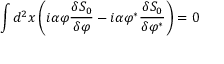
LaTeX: \int d ^ { 2 } x \left( i \alpha \varphi \frac { \delta S _ { 0 } } { \delta \varphi } - i \alpha \varphi ^ { \ast } \frac { \delta S _ { 0 } } { \delta \varphi ^ { \ast } } \right) = 0